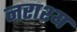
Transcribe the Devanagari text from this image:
नराश्य